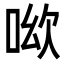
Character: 𠲭